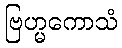
ဗြဟ္မကောသံ